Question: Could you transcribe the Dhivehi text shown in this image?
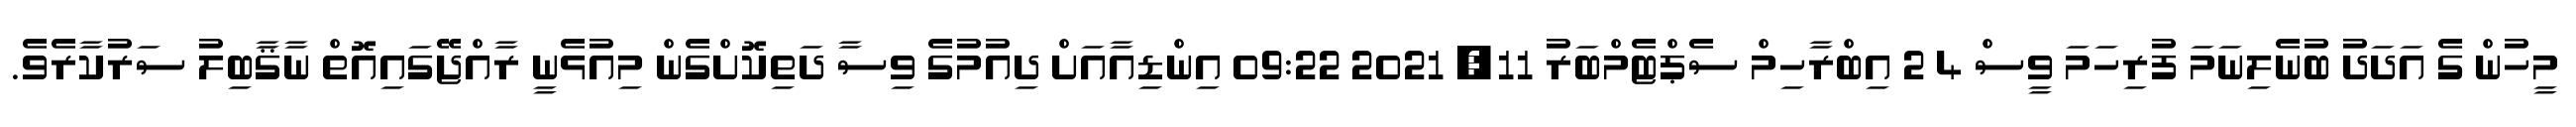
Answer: މީހުން ގެ އަދަދު ބުނެލިނަމަ ފުރިހަމަ ވީސް 4 2 އިބްރާހިމް ސެޕްޓެމްބަރު 11, 2021 09:22 އިންޑިއާއަށް ދިއުމުގެ ވިސާ ދަތިކޮށްގެން މިއުޅެނީ ރާއްޖޭގައިއޮތް ނާޤާބިލު ސަރުކާރެވެ.